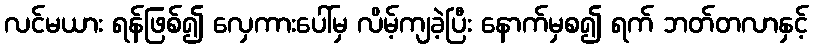
လင်မယား ရန်ဖြစ်၍ လှေကားပေါ်မှ လိမ့်ကျခဲ့ပြီး နောက်မှစ၍ ရက် ဘတ်တလာနှင့်